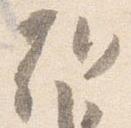
朝